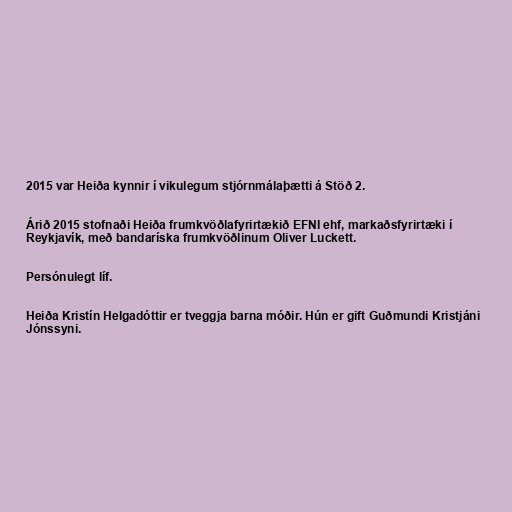
2015 var Heiða kynnir í vikulegum stjórnmálaþætti á Stöð 2.

Árið 2015 stofnaði Heiða frumkvöðlafyrirtækið EFNI ehf, markaðsfyrirtæki í
Reykjavík, með bandaríska frumkvöðlinum Oliver Luckett.

Persónulegt líf.

Heiða Kristín Helgadóttir er tveggja barna móðir. Hún er gift Guðmundi Kristjáni
Jónssyni.